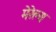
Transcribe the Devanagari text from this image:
मेरेल्स